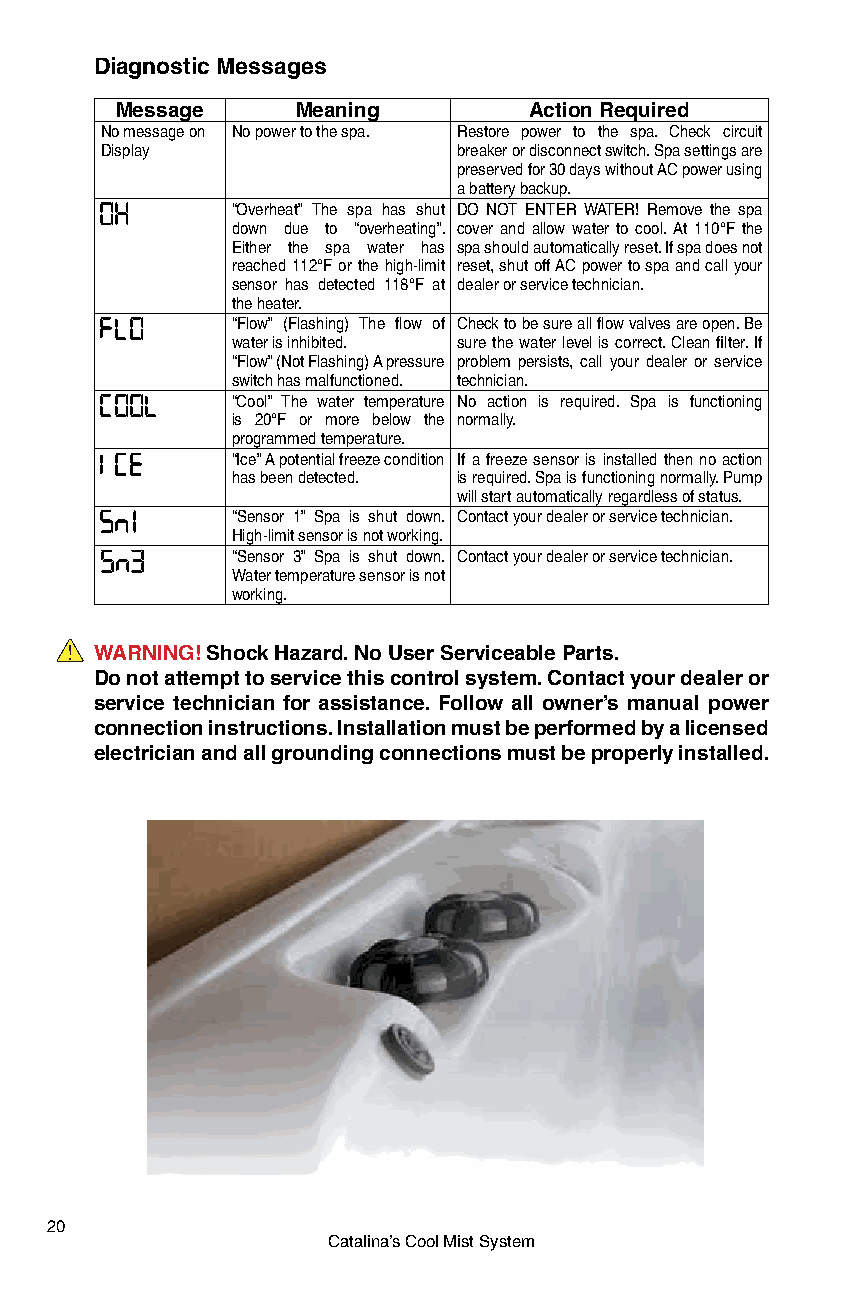
Diagnostic Messages
 Message     Meaning        Action Required
 No message on No power to the spa. Restore power to the spa. Check circuit
 Display                breaker or disconnect switch. Spa settings are
 preserved for 30 days without AC power using
 a battery backup.
 “Overheat” The spa has shut DO NOT ENTER WATER! Remove the spa
 down due to “overheating”. cover and allow water to cool. At 110°F the
 Either the spa water has spa should automatically reset. If spa does not
 reached 112°F or the high-limit reset, shut off AC power to spa and call your
 sensor has detected 118°F at dealer or service technician.
 the heater.
 “Flow” (Flashing) The flow of Check to be sure all flow valves are open. Be
 water is inhibited. sure the water level is correct. Clean filter. If
 “Flow” (Not Flashing) A pressure problem persists, call your dealer or service
 switch has malfunctioned. technician.
 “Cool” The water temperature No action is required. Spa is functioning
 is 20°F or more below the normally.
 programmed temperature.
 “Ice” A potential freeze condition If a freeze sensor is installed then no action
 has been detected. is required. Spa is functioning normally. Pump
 will start automatically regardless of status.
 “Sensor 1” Spa is shut down. Contact your dealer or service technician.
 High-limit sensor is not working.
 “Sensor 3” Spa is shut down. Contact your dealer or service technician.
 Water temperature sensor is not
 working.
 WARNING! Shock Hazard. No User Serviceable Parts.
 Do not attempt to service this control system. Contact your dealer or
 service technician for assistance. Follow all owner’s manual power
 connection instructions. Installation must be performed by a licensed
 electrician and all grounding connections must be properly installed.
 20
 Catalina’s Cool Mist System